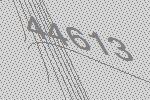
44613